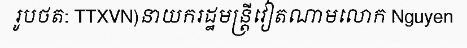
រូបថត: TTXVN)នាយករដ្ឋមន្ត្រីវៀតណាមលោក Nguyen